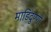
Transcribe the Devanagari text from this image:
माडिदुण्णों